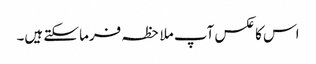
اس کا عکس آپ ملاحظہ فرما سکتے ہیں۔